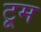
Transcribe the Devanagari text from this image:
टूम